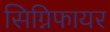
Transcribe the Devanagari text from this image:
सिग्निफायर